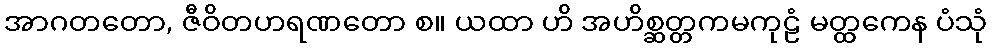
အာဂတတော, ဇီဝိတဟရဏတော စ။ ယထာ ဟိ အဟိစ္ဆတ္တကမကုဠံ မတ္ထကေန ပံသုံ